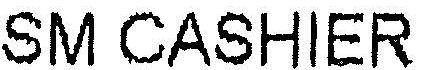
SM CASHIER